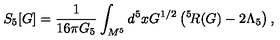
S _ { 5 } [ G ] = \frac 1 { 1 6 \pi G _ { 5 } } \int _ { M ^ { 5 } } d ^ { 5 } x G ^ { 1 / 2 } \left( \vphantom { I } ^ { 5 } \! R ( G ) - 2 \Lambda _ { 5 } \right) ,